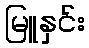
မြူနှင်း